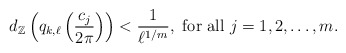
\begin{align*}d_{\mathbb Z}\left(q_{k,\ell} \left(\frac{c_j}{2\pi}\right)\right)<\frac{1}{\ell^{1/m}}, \ {\rm for \ all}\ j=1,2,\ldots,m. \end{align*}